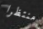
منتظرا